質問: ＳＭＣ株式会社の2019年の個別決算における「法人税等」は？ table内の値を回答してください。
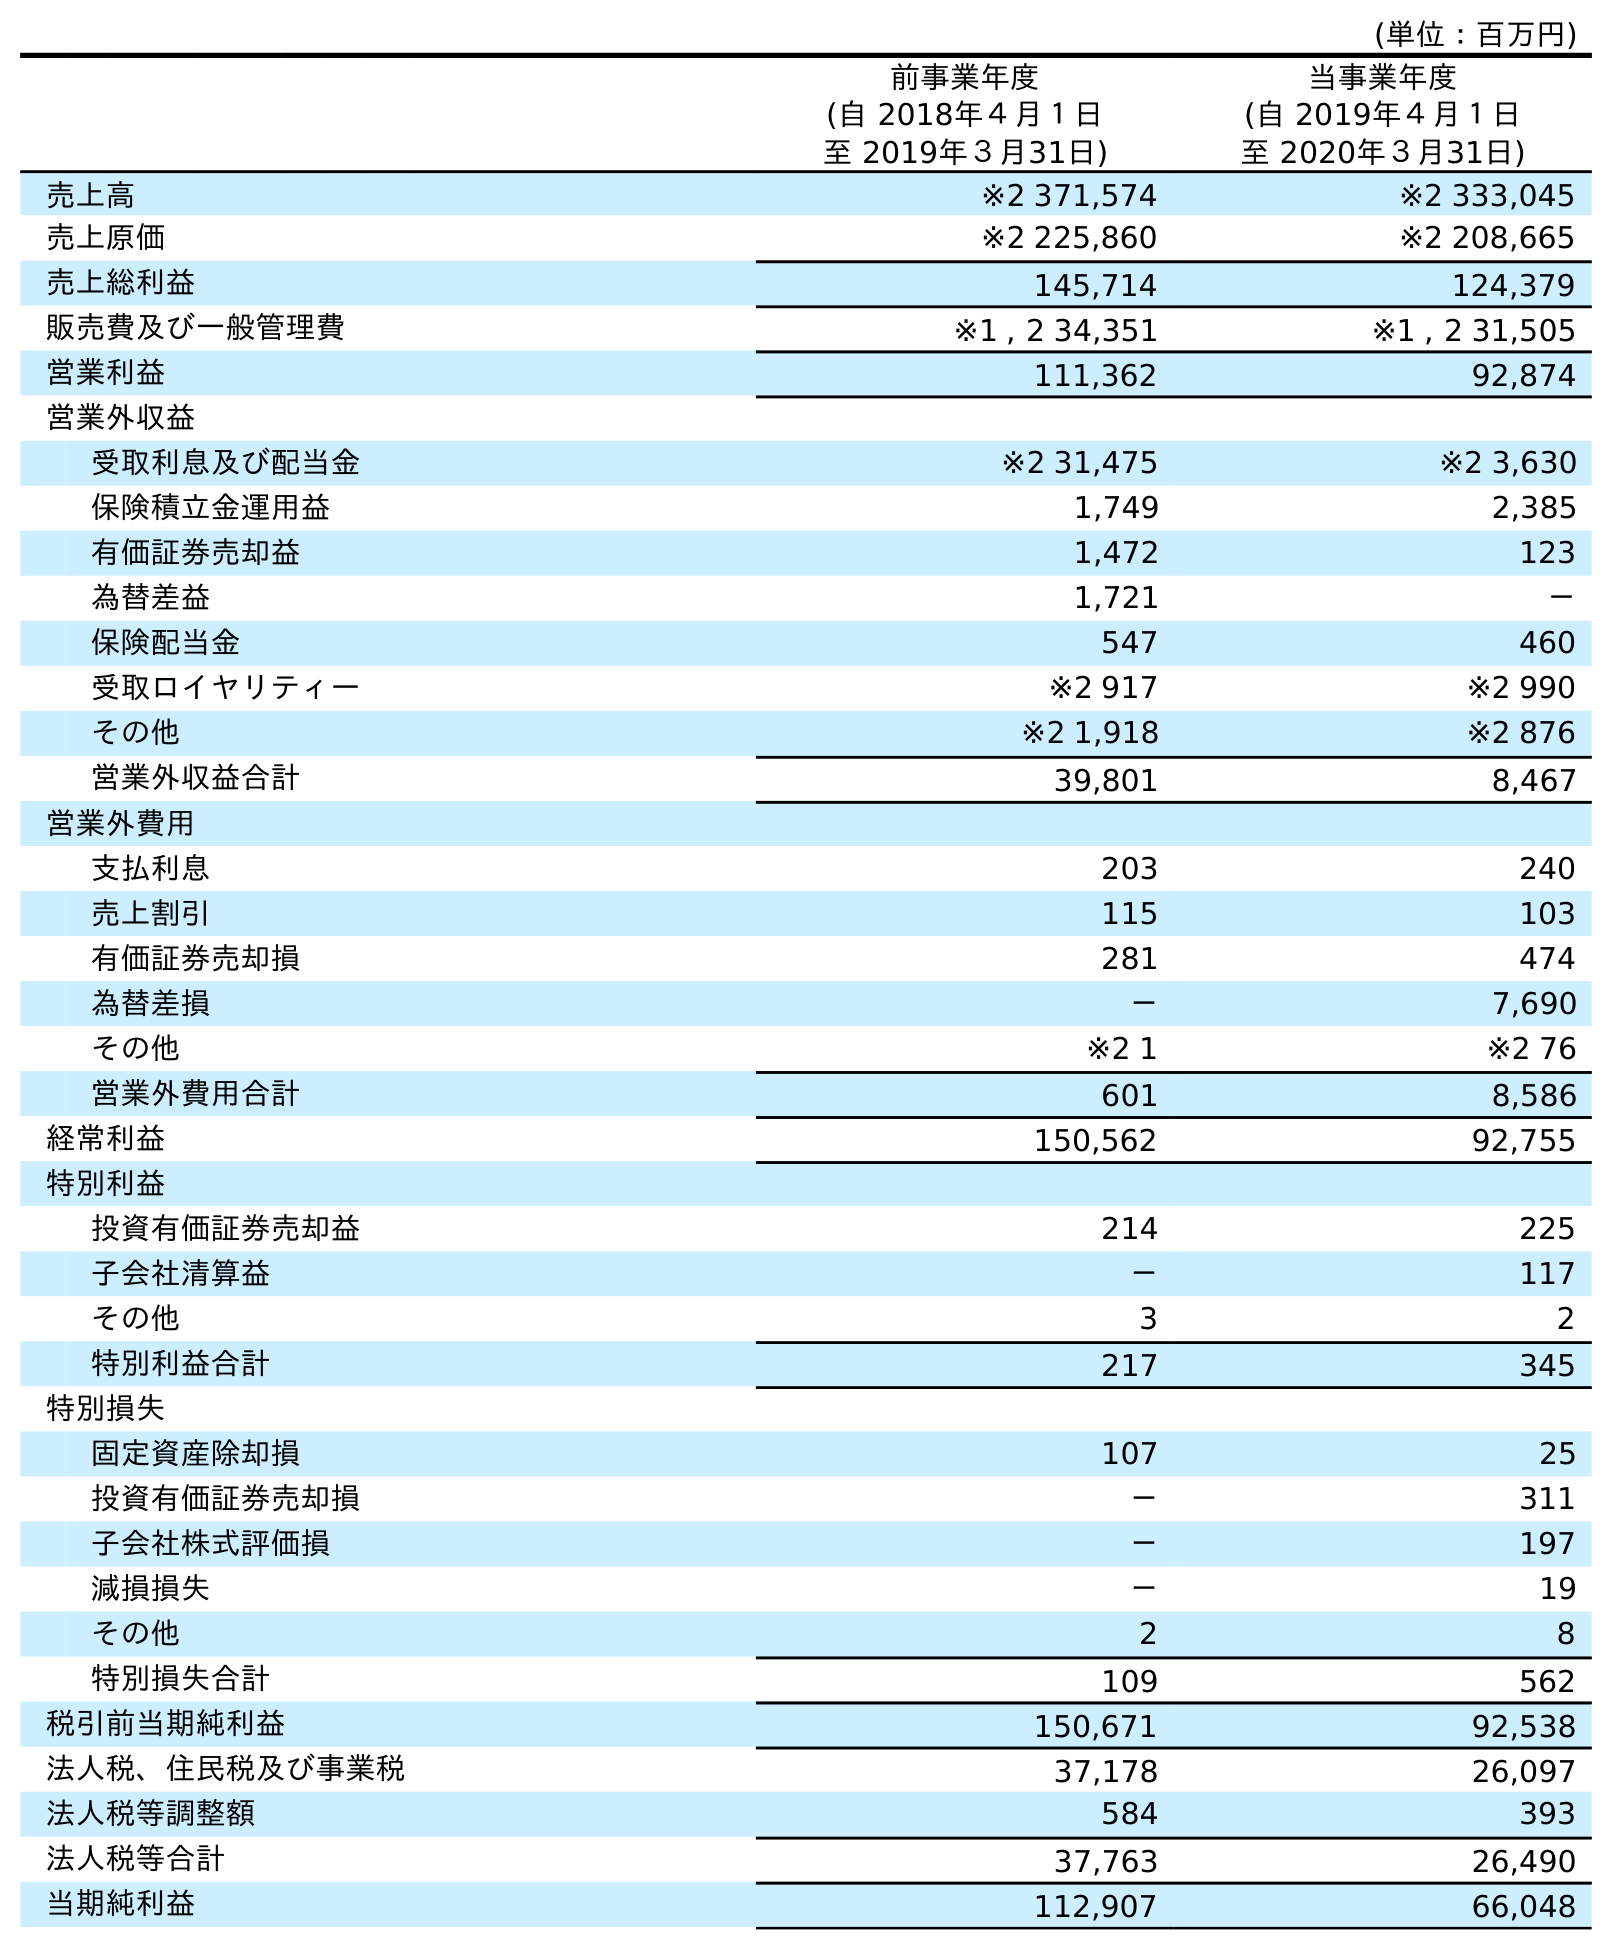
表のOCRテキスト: (単位：百万円) 前事業年度 (自 2018年４月１日 至 2019年３月31日) 当事業年度 (自 2019年４月１日 至 2020年３月31日) 売上高 ※2 371,574 ※2 333,045 売上原価 ※2 225,860 ※2 208,665 売上総利益 145,714 124,379 販売費及び一般管理費 ※1 , 2 34,351 ※1 , 2 31,505 営業利益 111,362 92,874 営業外収益 受取利息及び配当金 ※2 31,475 ※2 3,630 保険積立金運用益 1,749 2,385 有価証券売却益 1,472 123 為替差益 1,721 － 保険配当金 547 460 受取ロイヤリティー ※2 917 ※2 990 その他 ※2 1,918 ※2 876 営業外収益合計 39,801 8,467 営業外費用 支払利息 203 240 売上割引 115 103 有価証券売却損 281 474 為替差損 － 7,690 その他 ※2 1 ※2 76 営業外費用合計 601 8,586 経常利益 150,562 92,755 特別利益 投資有価証券売却益 214 225 子会社清算益 － 117 その他 3 2 特別利益合計 217 345 特別損失 固定資産除却損 107 25 投資有価証券売却損 － 311 子会社株式評価損 － 197 減損損失 － 19 その他 2 8 特別損失合計 109 562 税引前当期純利益 150,671 92,538 法人税、住民税及び事業税 37,178 26,097 法人税等調整額 584 393 法人税等合計 37,763 26,490 当期純利益 112,907 66,048
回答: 37,763